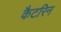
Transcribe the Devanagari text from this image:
कैटरिन